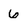
Character: 6